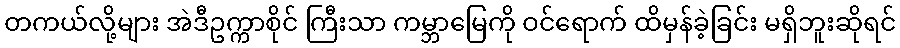
တကယ်လို့များ အဲဒီဥက္ကာစိုင် ကြီးသာ ကမ္ဘာမြေကို ဝင်ရောက် ထိမှန်ခဲ့ခြင်း မရှိဘူးဆိုရင်